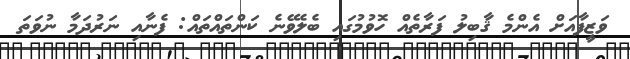
ވަޒީފާއަށް އެންމެ ޤާބިލު ފަރާތެއް ހޮވުމުގައި ބެލެވޭނެ ކަންތައްތައް: ފެނާއި ނަރުދަމާ ނުވަތަ